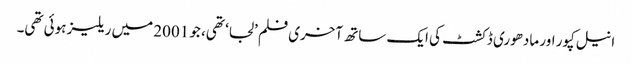
انیل کپور اور مادھوری ڈکشٹ کی ایک ساتھ آخری فلم ’لجا‘ تھی، جو 2001 میں ریلیز ہوئی تھی۔